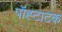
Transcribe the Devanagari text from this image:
पॉह्टाटक